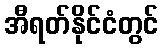
အီရတ်နိုင်ငံတွင်